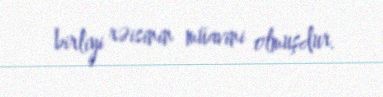
birliyi rəisinin müavini olmuşdur.